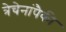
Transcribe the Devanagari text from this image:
त्रेचेनांपैकी